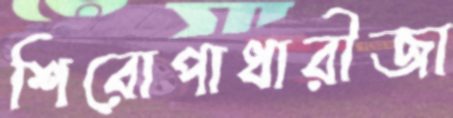
শিরোপাধারীজা